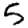
Digit: 5